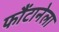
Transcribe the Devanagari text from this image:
फौंटानेला